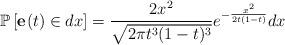
LaTeX: \begin{align*}\mathbb{P}\left[\textbf{e}^{}(t) \in dx\right]=\frac{2x^2}{\sqrt{2\pi t^3(1-t)^3}}e^{-\frac{x^2}{2t(1-t)}} dx\end{align*}